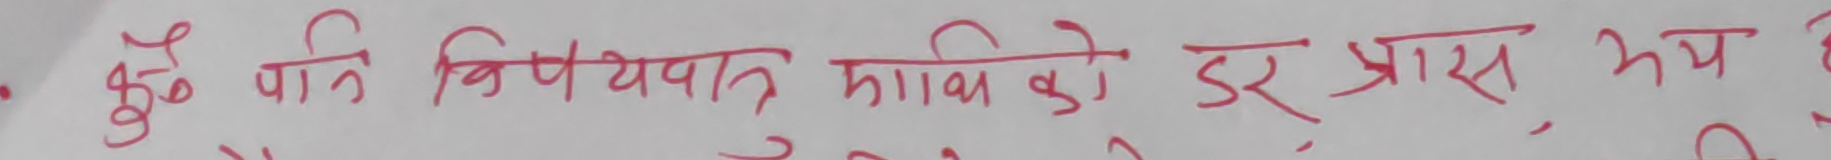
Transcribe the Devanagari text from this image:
केहि प्रति विषयवस्तुका बारे डर त्रास भय छ ।